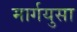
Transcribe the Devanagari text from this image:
मार्गयुसा